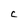
Character: C